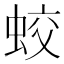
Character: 蛟